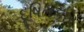
દૂષિતકાર